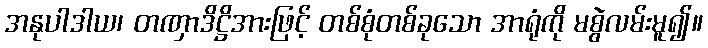
အနုပါဒါယ၊ တဏှာဒိဋ္ဌိအားဖြင့် တစ်စုံတစ်ခုသော အာရုံကို မစွဲလမ်းမူ၍။